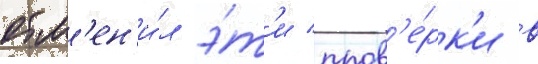
отм'ен'и́л э́т'и пров'е́рк'и в